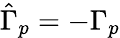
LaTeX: \hat{\Gamma}_{p}=-\Gamma_{p}